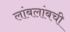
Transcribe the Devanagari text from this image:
लांबलांबची